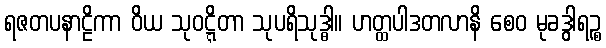
ရဇတပနာဠိကာ ဝိယ သုဝဋ္ဋိတာ သုပရိသုဒ္ဓါ။ ဟတ္ထပါဒတလာနိ စေဝ မုခဒွါရဉ္စ